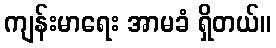
ကျန်းမာရေး အာမခံ ရှိတယ်။